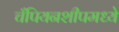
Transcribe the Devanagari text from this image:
चँपियनशीपमध्ये